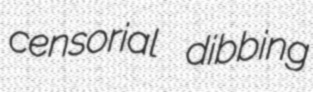
censorial dibbing